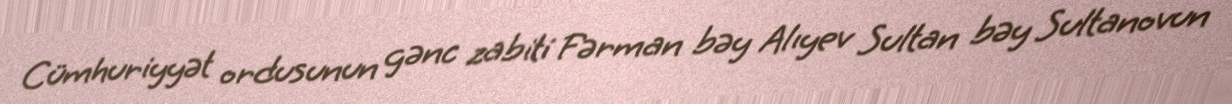
Cümhuriyyət ordusunun gənc zabiti Fərman bəy Alıyev Sultan bəy Sultanovun